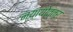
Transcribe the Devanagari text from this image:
न्यायोत्तर